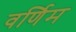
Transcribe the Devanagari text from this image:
वर्णिम